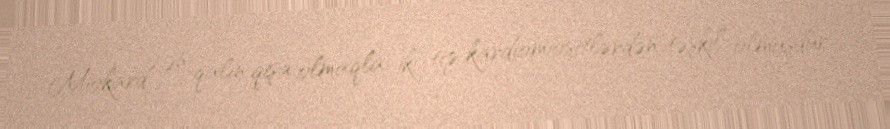
Miokard ən qalın qişa olmaqla, iki tip kardiomiositlərdən təşkil olmuşdur.